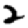
Digit: 2